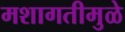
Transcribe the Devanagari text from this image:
मशागतीमुळे